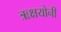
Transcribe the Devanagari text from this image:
ऋक्षयोनी